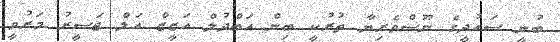
ބުނީ ސައުދީގެ ނޫސްވެރިޔާ ތުރުކީ ބިން އަބްދުލް އަޒީޒް އަލް ޖަސީރު މަރުވީ